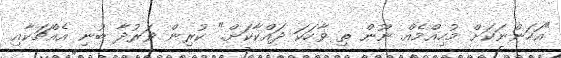
"އަހަންނަކަށް މުހިއްމެއް ނޫން ތި ވާހަކަ ދައްކާކަށް." ކުރިން ވަރުދާ ބުނި އެއްޗަކާއި